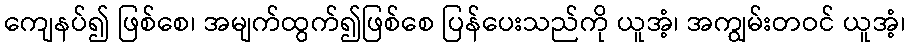
ကျေနပ်၍ ဖြစ်စေ၊ အမျက်ထွက်၍ဖြစ်စေ ပြန်ပေးသည်ကို ယူအံ့၊ အကျွမ်းတဝင် ယူအံ့၊